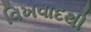
વિખવાદથી